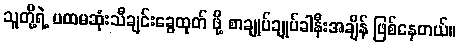
သူတို့ရဲ့ ပထမဆုံးသီချင်းခွေထုတ် ဖို့ စာချုပ်ချုပ်ခါနီးအချိန် ဖြစ်နေတယ်။